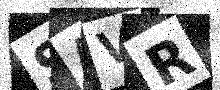
Text: SAVR